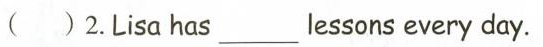
( )2.Lisa has___lessons every day.